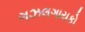
ગઝલગાયકો